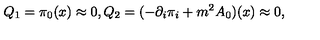
Q _ { 1 } = \pi _ { 0 } ( x ) \approx 0 , Q _ { 2 } = ( - { \partial _ { i } } \pi _ { i } + { m ^ { 2 } } A _ { 0 } ) ( x ) \approx 0 ,